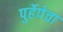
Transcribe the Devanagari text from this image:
पुर्हेपेचा